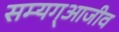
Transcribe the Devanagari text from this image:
सम्यग्आजीव